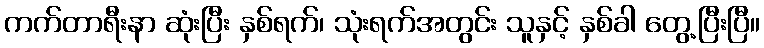
ကက်တာရီးနာ ဆုံးပြီး နှစ်ရက်၊ သုံးရက်အတွင်း သူနှင့် နှစ်ခါ တွေ့ပြီးပြီ။